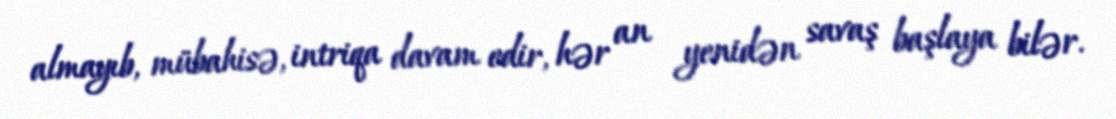
almayıb, mübahisə, intriqa davam edir, hər an yenidən savaş başlaya bilər.